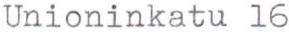
Unioninkatu 16